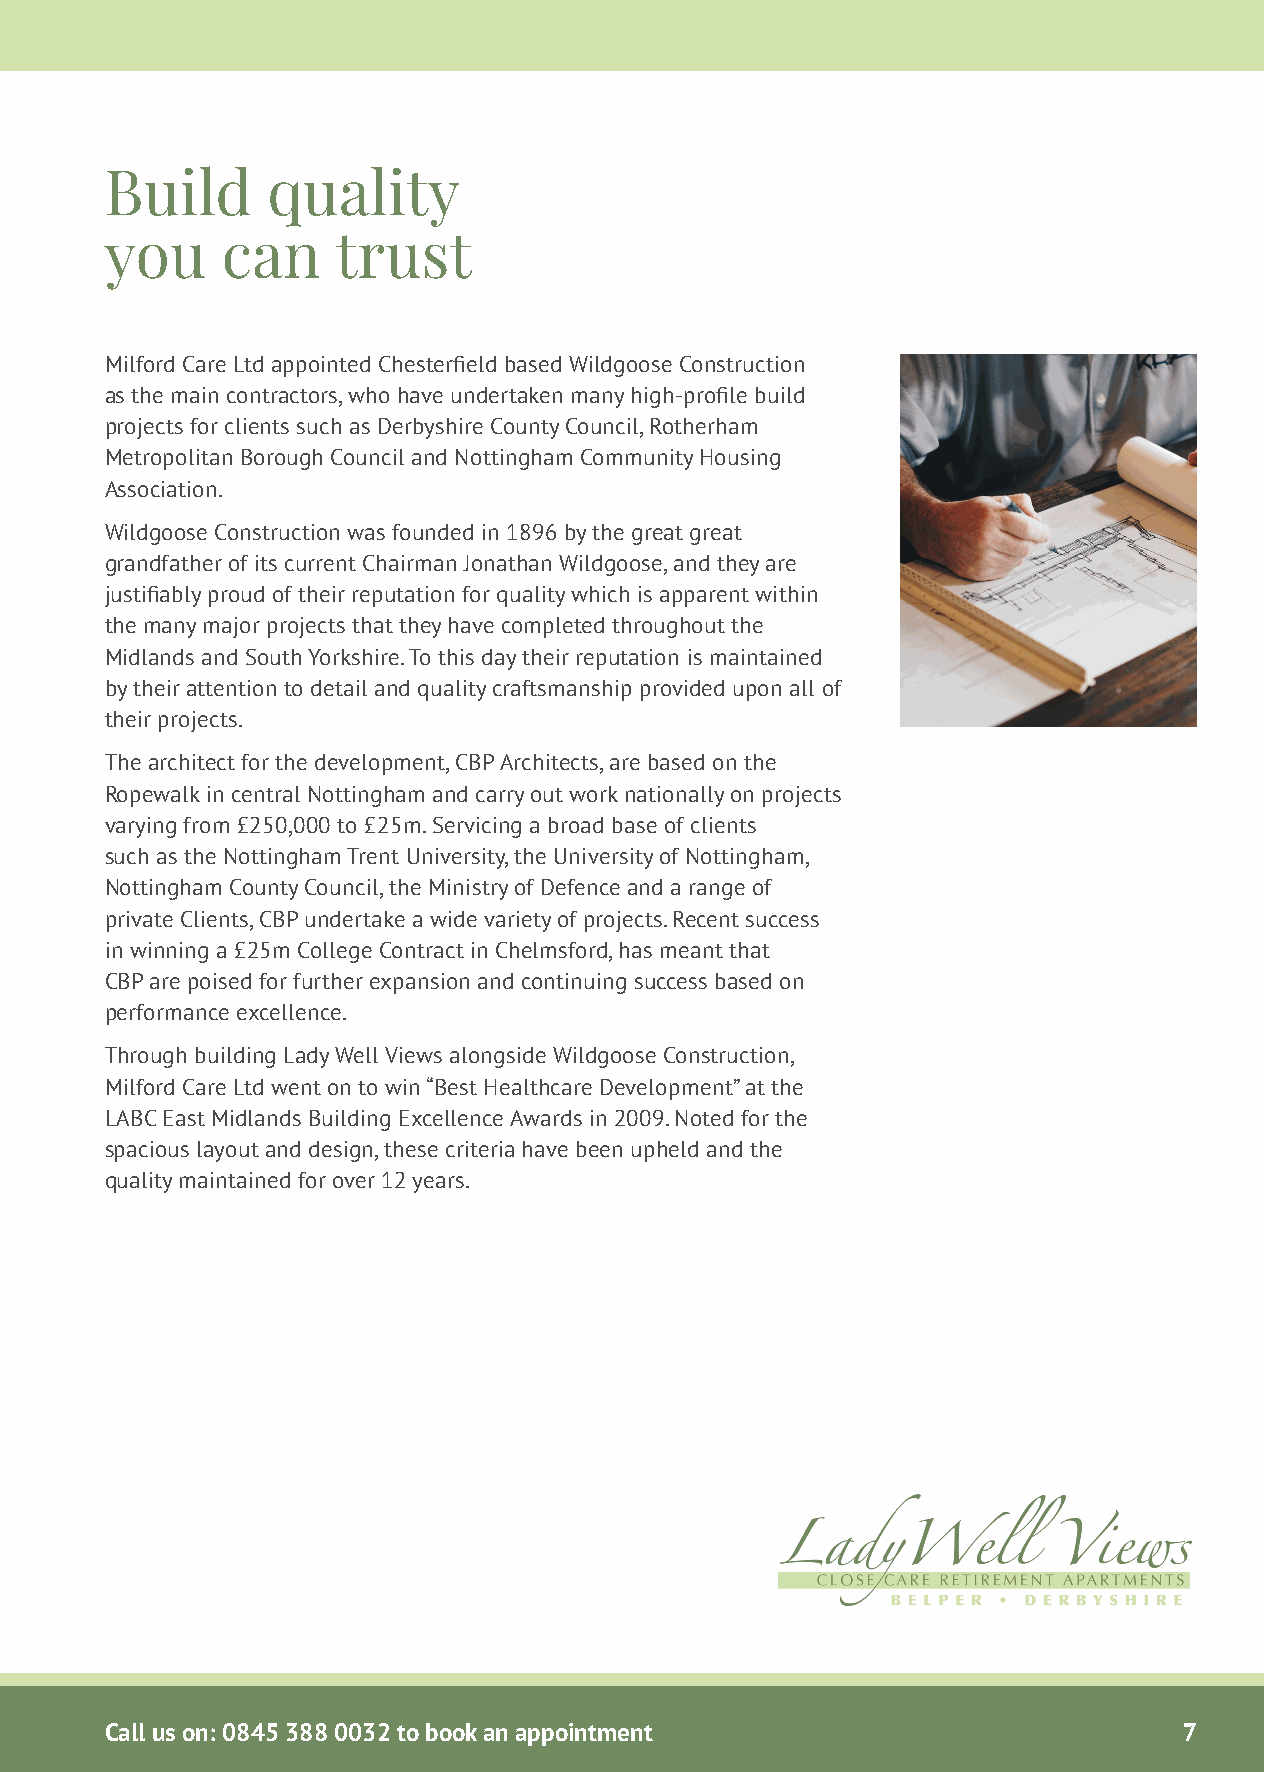
Build      quality
 you     can    trust
 Milford Care Ltd appointed Chesterfield based Wildgoose Construction
 as the main contractors, who have undertaken many high-profile build
 projects for clients such as Derbyshire County Council, Rotherham
 Metropolitan Borough Council and Nottingham Community Housing
 Association.
 Wildgoose Construction was founded in 1896 by the great great
 grandfather of its current Chairman Jonathan Wildgoose, and they are
 justifiably proud of their reputation for quality which is apparent within
 the many major projects that they have completed throughout the
 Midlands and South Yorkshire. To this day their reputation is maintained
 by their attention to detail and quality craftsmanship provided upon all of
 their projects.
 The architect for the development, CBP Architects, are based on the
 Ropewalk in central Nottingham and carry out work nationally on projects
 varying from £250,000 to £25m. Servicing a broad base of clients
 such as the Nottingham Trent University, the University of Nottingham,
 Nottingham County Council, the Ministry of Defence and a range of
 private Clients, CBP undertake a wide variety of projects. Recent success
 in winning a £25m College Contract in Chelmsford, has meant that
 CBP are poised for further expansion and continuing success based on
 performance excellence.
 Through building Lady Well Views alongside Wildgoose Construction,
 Milford Care Ltd went on to win “Best Healthcare Development” at the
 LABC East Midlands Building Excellence Awards in 2009. Noted for the
 spacious layout and design, these criteria have been upheld and the
 quality maintained for over 12 years.
 Call us on: 0845 388 0032 to book an appointment                       7